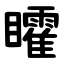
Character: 矐